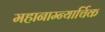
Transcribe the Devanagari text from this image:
महानाम्न्यार्चिक